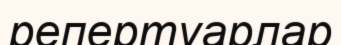
репертуарлар